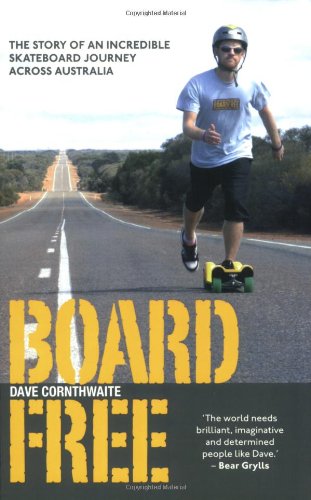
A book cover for BoardFree: The Story of an Incredible Skateboard Journey Across Australia; Dave Cornthwaite; Sports & Outdoors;